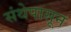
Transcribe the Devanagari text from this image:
संथेपासून